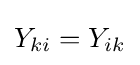
Y_{ki}=Y_{ik}